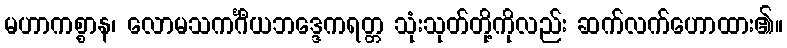
မဟာကစ္စာန၊ လောမသကင်္ဂီယဘဒ္ဒေကရတ္တ သုံးသုတ်တို့ကိုလည်း ဆက်လက်ဟောထား၏။